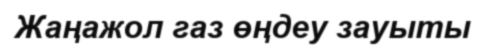
Жаңажол газ өңдеу зауыты